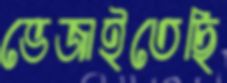
ভেজাইতেছি